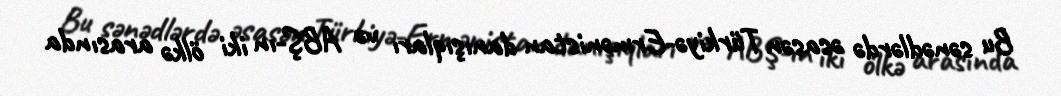
Bu sənədlərdə əsasən Türkiyə-Ermənistan danışıqları və ABŞ-ın iki ölkə arasında